Indian journal of veterinary science and animal husbandry - Volume 1,
Year: 1931
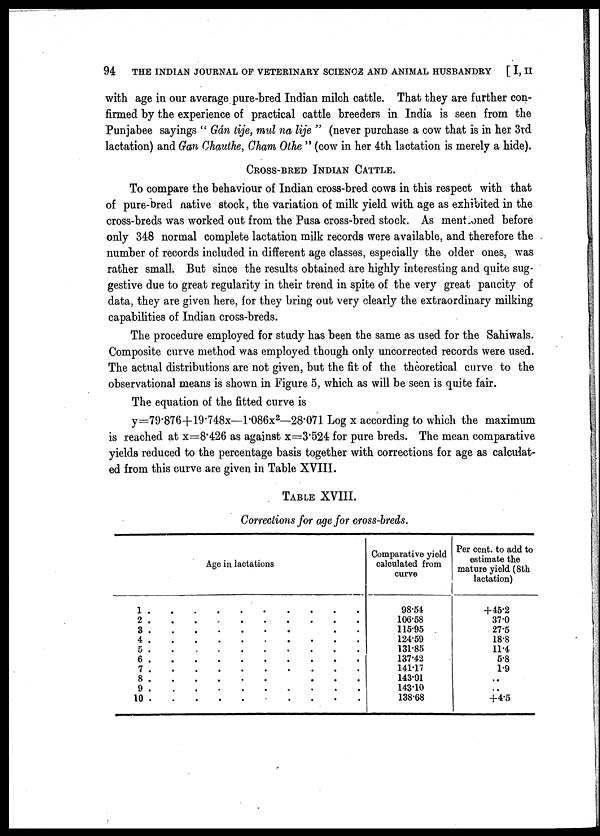
94
THE INDIAN JOURNAL OF VETERINARY SCIENCE AND ANIMAL HUSBANDRY [ I, II
with age in our average pure-bred Indian milch cattle. That they are further con-
firmed by the experience of practical cattle breeders in India is seen from the
Punjabee sayings " Gán tije, mul na lije " (never purchase a cow that is in her 3rd
lactation) and Gan Chauthe, Cham Othe " (cow in her 4th lactation is merely a hide).
CROSS-BRED INDIAN CATTLE.
To compare the behaviour of Indian cross-bred cows in this respect with that
of pure-bred native stock, the variation of milk yield with age as exhibited in the
cross-breds was worked out from the Pusa cross-bred stock. As mentioned before
only 348 normal complete lactation milk records were available, and therefore the
number of records included in different age classes, especially the older ones, was
rather small. But since the results obtained are highly interesting and quite sug-
gestive due to great regularity in their trend in spite of the very great paucity of
data, they are given here, for they bring out very clearly the extraordinary milking
capabilities of Indian cross-breds.
The procedure employed for study has been the same as used for the Sahiwals.
Composite curve method was employed though only uncorrected records were used.
The actual distributions are not given, but the fit of the theoretical curve to the
observational means is shown in Figure 5, which as will be seen is quite fair.
The equation of the fitted curve is
y=79.876+19.748x—1.086x 2 —28.071 Log x according to which the maximum
is reached at x=8.426 as against x=3.524 for pure breds. The mean comparative
yields reduced to the percentage basis together with corrections for age as calculat-
ed from this curve are given in Table XVIII.
TABLE XVIII.
Corrections for age for cross-breds.
1 .
2 .
3 .
4 .
5 .
6 .
7 .
8 .
9 .
10 .
Age in lactations
.
.
.
.
.
.
.
.
.
.
.
.
.
.
.
.
.
.
.
.
.
.
.
.
.
.
.
.
.
.
.
.
.
.
.
.
.
.
.
.
.
.
.
.
.
.
.
.
.
.
Comparative yield
calculated from
curve
98.54
106.58
115.95
124.59
131.85
137.42
141.17
143.01
143.10
138.68
Per cent. to add to
estimate the
mature yield (8th
lactation)
+45.2
37.0
27.5
18.8
11.4
5.8
1.9
..
..
+4.5